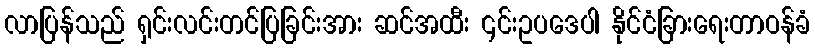
လာပြန်သည် ရှင်းလင်းတင်ပြခြင်းအား ဆင်အထီး ၎င်းဥပဒေပါ နိုင်ငံခြားရေးတာဝန်ခံ